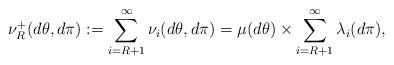
LaTeX: \begin{align*}\nu_R^+(d\theta,d\pi) := \sum_{i=R+1}^{\infty} \nu_i(d\theta,d\pi) = \mu(d\theta)\times\sum_{i=R+1}^{\infty} \lambda_i(d\pi),\end{align*}